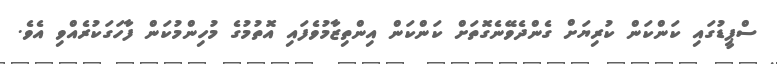
ސްޕީޑުގައި ކަންކަން ކުރިޔަށް ގެންދެވޭނެގޮތަށް ކަންކަން އިންތިޒާމުވެފައި އޮތުމުގެ މުހިންމުކަން ފާހަގަކުރެއްވި އެވެ.